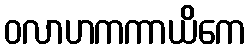
ဝလာဟကကာယိကေ